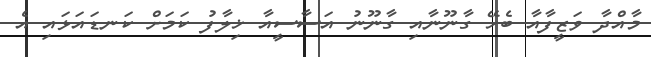
މާއްދާ ވަޒީފާއާ ބެހޭ ގާނޫނާއި ގާނޫނު އަސާސީއާ ޚިލާފު ކަމަށް ކަނޑައަޅައި އެ